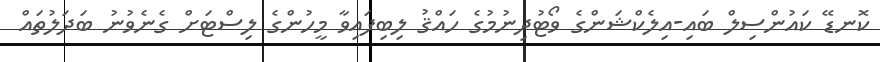
ކޮނޑޭ ކައުންސިލް ބައި-އިލެކްޝަންގެ ވޯޓުދިނުމުގެ ހައްޤު ލިބިފައިވާ މީހުންގެ ލިސްޓަށް ގެނެވުނު ބަދަލުތައް